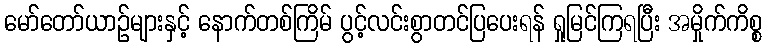
မော်တော်ယာဉ်များနှင့် နောက်တစ်ကြိမ် ပွင့်လင်းစွာတင်ပြပေးရန် ရှုမြင်ကြရပြီး အမှိုက်ကိစ္စ